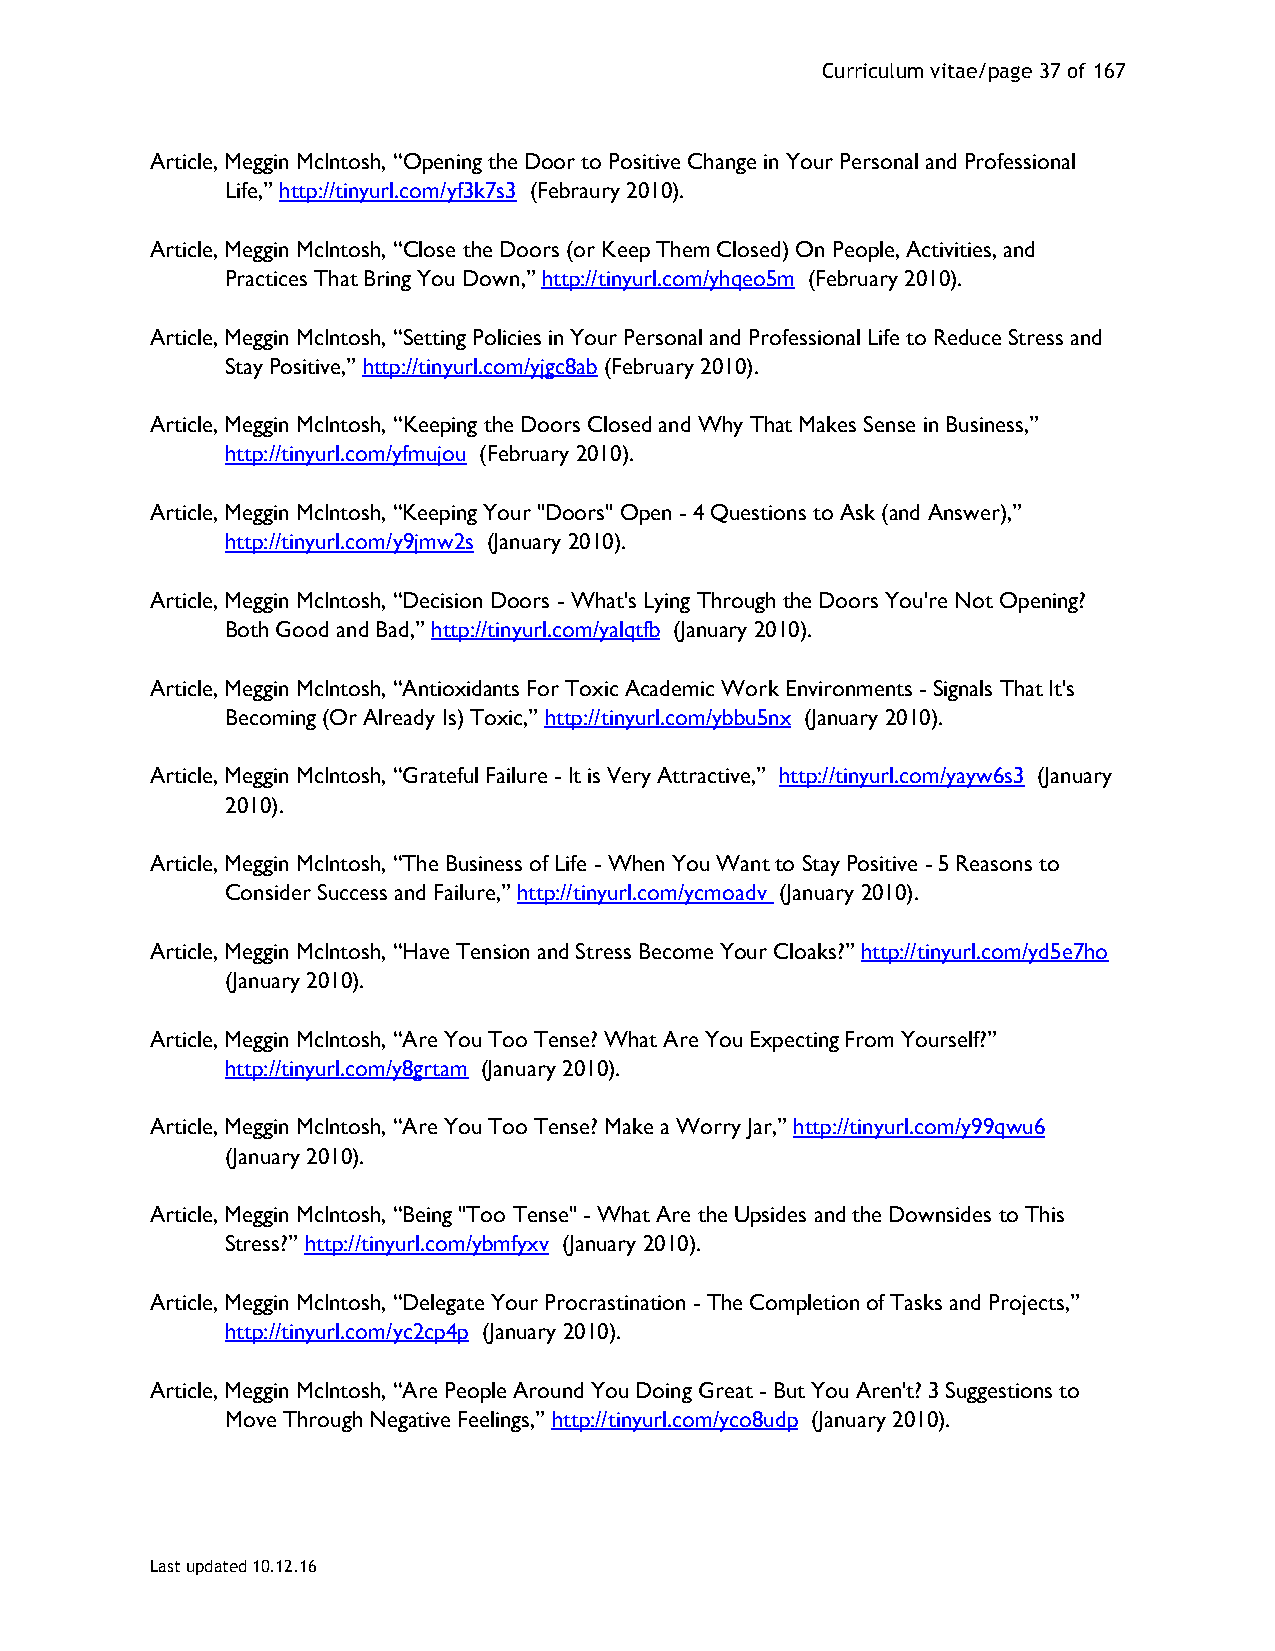
Curriculum vitae/page 37 of 167
 Article, Meggin McIntosh, “Opening the Door to Positive Change in Your Personal and Professional
 Life,” http://tinyurl.com/yf3k7s3 (Febraury 2010).
 Article, Meggin McIntosh, “Close the Doors (or Keep Them Closed) On People, Activities, and
 Practices That Bring You Down,” http://tinyurl.com/yhqeo5m (February 2010).
 Article, Meggin McIntosh, “Setting Policies in Your Personal and Professional Life to Reduce Stress and
 Stay Positive,” http://tinyurl.com/yjgc8ab (February 2010).
 Article, Meggin McIntosh, “Keeping the Doors Closed and Why That Makes Sense in Business,”
 http://tinyurl.com/yfmujou (February 2010).
 Article, Meggin McIntosh, “Keeping Your "Doors" Open - 4 Questions to Ask (and Answer),”
 http://tinyurl.com/y9jmw2s (January 2010).
 Article, Meggin McIntosh, “Decision Doors - What's Lying Through the Doors You're Not Opening?
 Both Good and Bad,” http://tinyurl.com/yalqtfb (January 2010).
 Article, Meggin McIntosh, “Antioxidants For Toxic Academic Work Environments - Signals That It's
 Becoming (Or Already Is) Toxic,” http://tinyurl.com/ybbu5nx (January 2010).
 Article, Meggin McIntosh, “Grateful Failure - It is Very Attractive,” http://tinyurl.com/yayw6s3 (January
 2010).
 Article, Meggin McIntosh, “The Business of Life - When You Want to Stay Positive - 5 Reasons to
 Consider Success and Failure,” http://tinyurl.com/ycmoadv (January 2010).
 Article, Meggin McIntosh, “Have Tension and Stress Become Your Cloaks?” http://tinyurl.com/yd5e7ho
 (January 2010).
 Article, Meggin McIntosh, “Are You Too Tense? What Are You Expecting From Yourself?”
 http://tinyurl.com/y8grtam (January 2010).
 Article, Meggin McIntosh, “Are You Too Tense? Make a Worry Jar,” http://tinyurl.com/y99qwu6
 (January 2010).
 Article, Meggin McIntosh, “Being "Too Tense" - What Are the Upsides and the Downsides to This
 Stress?” http://tinyurl.com/ybmfyxv (January 2010).
 Article, Meggin McIntosh, “Delegate Your Procrastination - The Completion of Tasks and Projects,”
 http://tinyurl.com/yc2cp4p (January 2010).
 Article, Meggin McIntosh, “Are People Around You Doing Great - But You Aren't? 3 Suggestions to
 Move Through Negative Feelings,” http://tinyurl.com/yco8udp (January 2010).
 Last updated 10.12.16